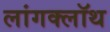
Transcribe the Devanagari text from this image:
लांगक्लॉथ